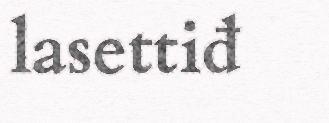
lasettiđ